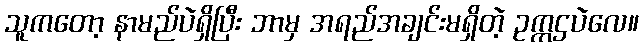
သူကတော့ နာမည်ပဲရှိပြီး ဘာမှ အရည်အချင်းမရှိတဲ့ ဥက္ကဌပဲလေ။